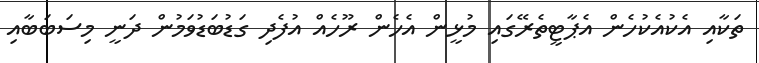
ތަކާއި އެކުއެކުހެން އެޕާޓީތެރޭގައި މުޅީން އެހެން ރޫހެއް އުފެދި ގަޑުބަޑުވަމުން ދަނީ މިސަބަބާއި